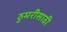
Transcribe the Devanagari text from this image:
ठुमरीसाठी